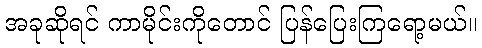
အခုဆိုရင် ကာမိုင်းကိုတောင် ပြန်ပြေးကြရော့မယ်။